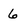
Character: 6